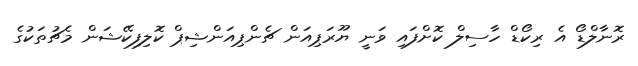
ރޮނާލްޑޯ އެ ރިކޯޑް ހާސިލް ކޮށްފައި ވަނީ ޔޫރަޕިއަން ޗެންޕިއަންޝިޕް ކޮލިފިކޭޝަން މެޗުތަކުގެ